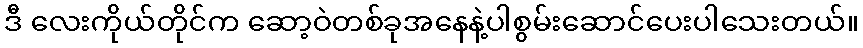
ဒီ လေးကိုယ်တိုင်က ဆော့ဝဲတစ်ခုအနေနဲ့ပါစွမ်းဆောင်ပေးပါသေးတယ်။